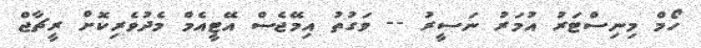
ހޯމް މިނިސްޓަރު އުމަރު ނަސީރު -- ވަގުތު އިމޭޖެސް އޭޓީއެމް މެދުވެރިކޮށް ރީޗާޖް